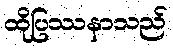
ထိုပြဿနာသည်